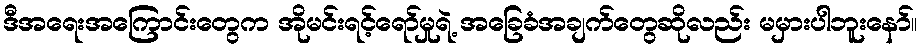
ဒီအရေးအကြောင်းတွေက အိုမင်းရင့်ရော်မှုရဲ့ အခြေခံအချက်တွေဆိုလည်း မမှားပါဘူးနော်။